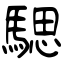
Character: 騦